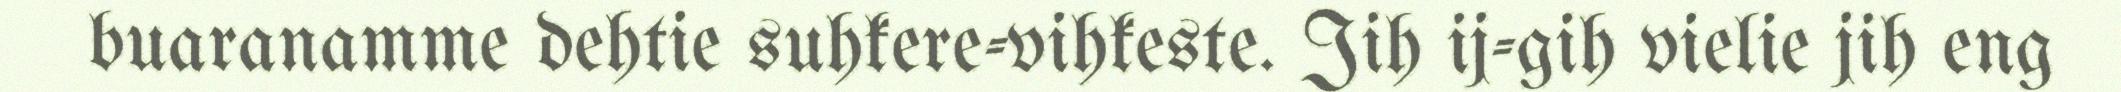
buaranamme dehtie suhkere-vihkeste. Jih ij-gih vielie jih eng